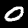
Label: 0